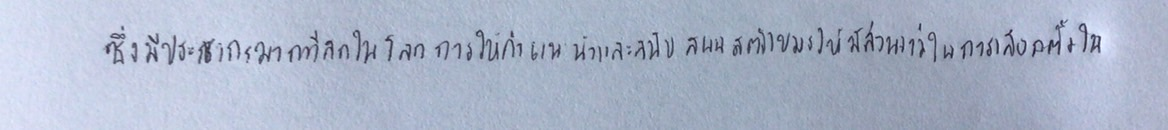
ซึ่งมีประชากรมากที่สุดในโลกการให้คำแนะนำและสนับสนุนสตรีเขมรให้มีส่วนร่วมในการเลือกตั้งใน